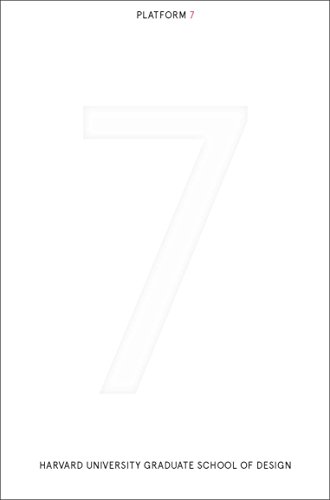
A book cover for GSD Platform 7; Arts & Photography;